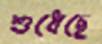
শুধেছে